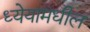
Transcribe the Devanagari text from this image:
ध्येयामधील